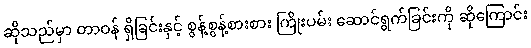
ဆိုသည်မှာ တာဝန် ရှိခြင်းနှင့် စွန့်စွန့်စားစား ကြိုးပမ်း ဆောင်ရွက်ခြင်းကို ဆိုကြောင်း